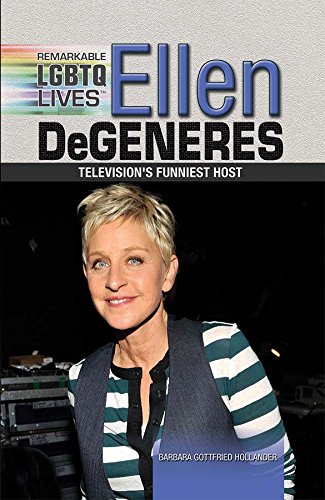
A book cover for Ellen Degeneres: Television's Funniest Host (Remarkable Lgbtq Lives); Barbara Gottfried Hollander; Teen & Young Adult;